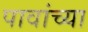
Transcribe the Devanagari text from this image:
पावांच्या